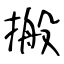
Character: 搬